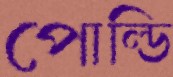
পোল্ডি